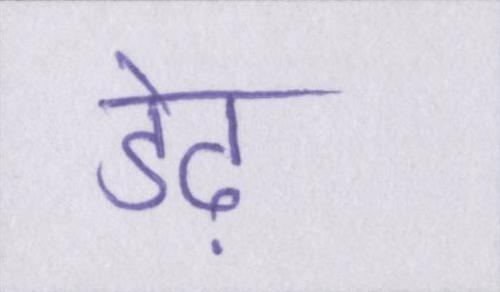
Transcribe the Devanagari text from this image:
डेढ़